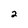
Character: 2